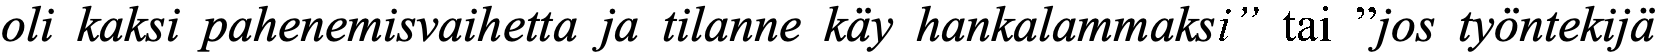
oli kaksi pahenemisvaihetta ja tilanne käy hankalammaksi” tai ”jos työntekijä